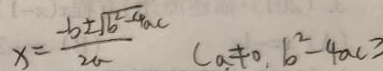
x = \frac { - b \pm \sqrt { b ^ { 2 } - 4 a c } } { 2 a } ( a \neq 0 , b ^ { 2 } - 4 a c \geq